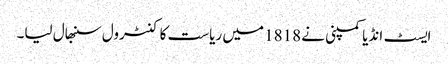
ایسٹ انڈیا کمپنی نے 1818 میں ریاست کا کنٹرول سنبھال لیا۔